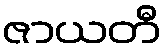
ဇာယတီ